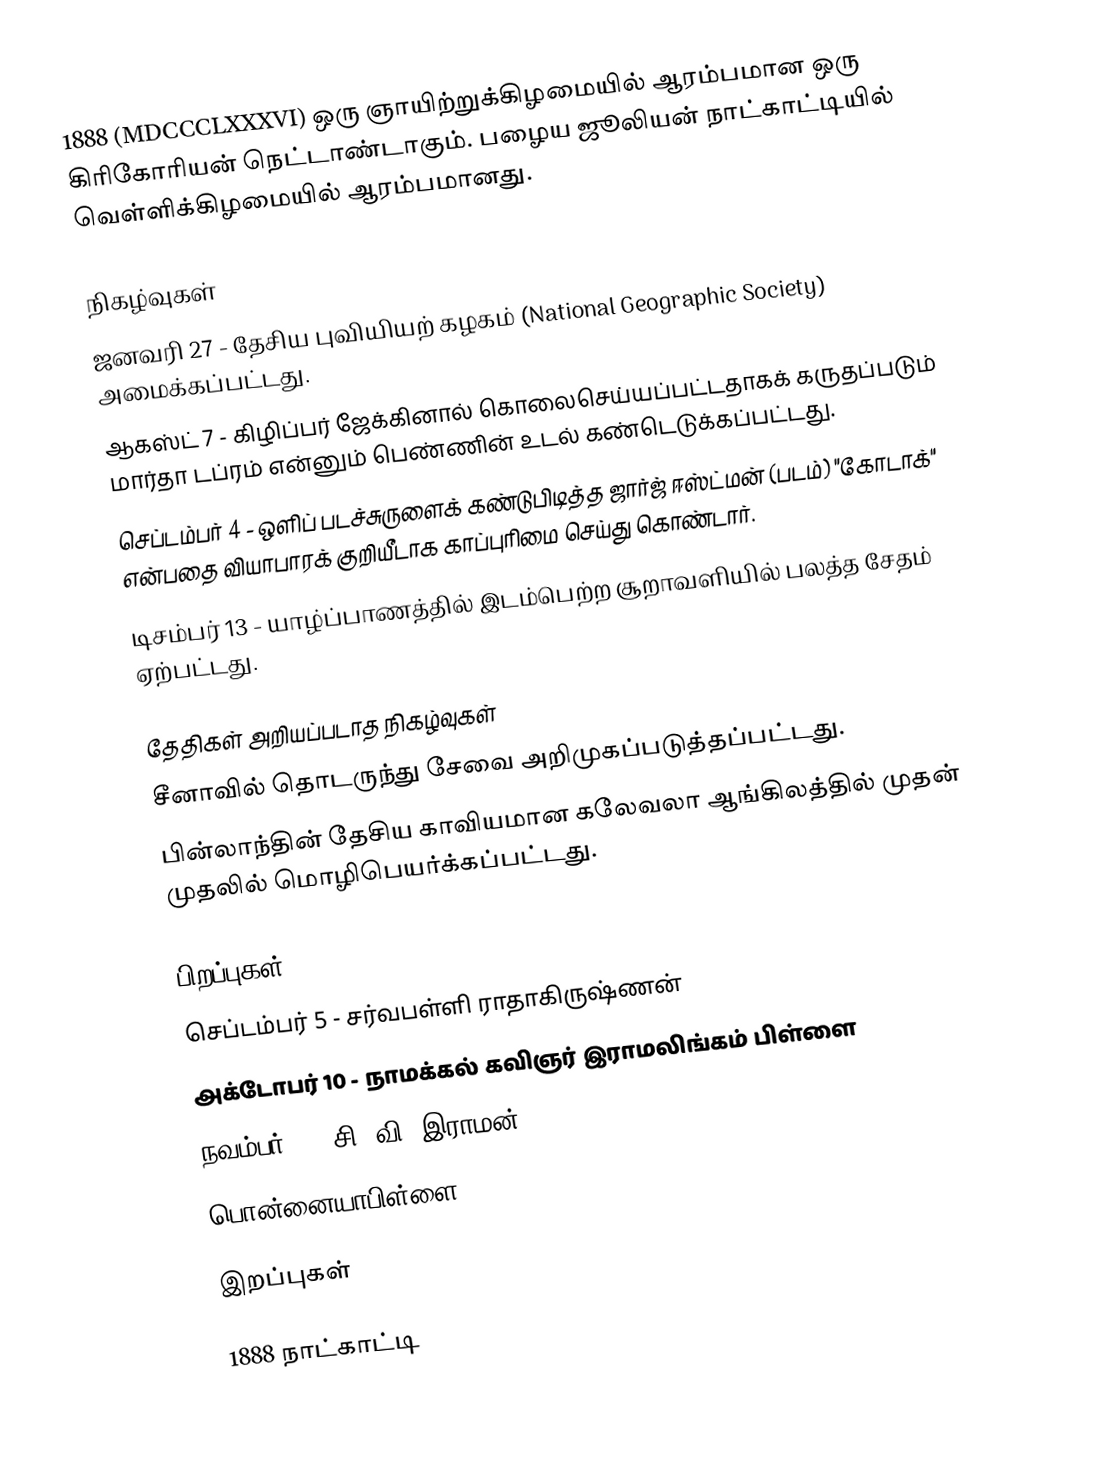
1888  (MDCCCLXXXVI) ஒரு ஞாயிற்றுக்கிழமையில் ஆரம்பமான ஒரு கிரிகோரியன் நெட்டாண்டாகும். பழைய ஜூலியன் நாட்காட்டியில் வெள்ளிக்கிழமையில் ஆரம்பமானது.

நிகழ்வுகள்
 ஜனவரி 27 - தேசிய புவியியற் கழகம் (National Geographic Society) அமைக்கப்பட்டது.
 ஆகஸ்ட் 7 - கிழிப்பர் ஜேக்கினால் கொலைசெய்யப்பட்டதாகக் கருதப்படும் மார்தா டப்ரம் என்னும் பெண்ணின் உடல் கண்டெடுக்கப்பட்டது.
 செப்டம்பர் 4 - ஒளிப் படச்சுருளைக் கண்டுபிடித்த ஜார்ஜ் ஈஸ்ட்மன் (படம்) "கோடாக்" என்பதை வியாபாரக் குறியீடாக காப்புரிமை செய்து கொண்டார்.
 டிசம்பர் 13 - யாழ்ப்பாணத்தில் இடம்பெற்ற சூறாவளியில் பலத்த சேதம் ஏற்பட்டது.

தேதிகள் அறியப்படாத நிகழ்வுகள்
 சீனாவில் தொடருந்து சேவை அறிமுகப்படுத்தப்பட்டது.
 பின்லாந்தின் தேசிய காவியமான கலேவலா ஆங்கிலத்தில் முதன் முதலில் மொழிபெயர்க்கப்பட்டது.

பிறப்புகள்
 செப்டம்பர் 5 - சர்வபள்ளி ராதாகிருஷ்ணன்
 அக்டோபர் 10 - நாமக்கல் கவிஞர் இராமலிங்கம் பிள்ளை
 நவம்பர் 7 - சி. வி. இராமன்
 பொன்னையாபிள்ளை

இறப்புகள்

1888 நாட்காட்டி